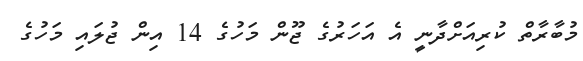
މުބާރާތް ކުރިއަށްދާނީ އެ އަހަރުގެ ޖޫން މަހުގެ 14 އިން ޖުލައި މަހުގެ